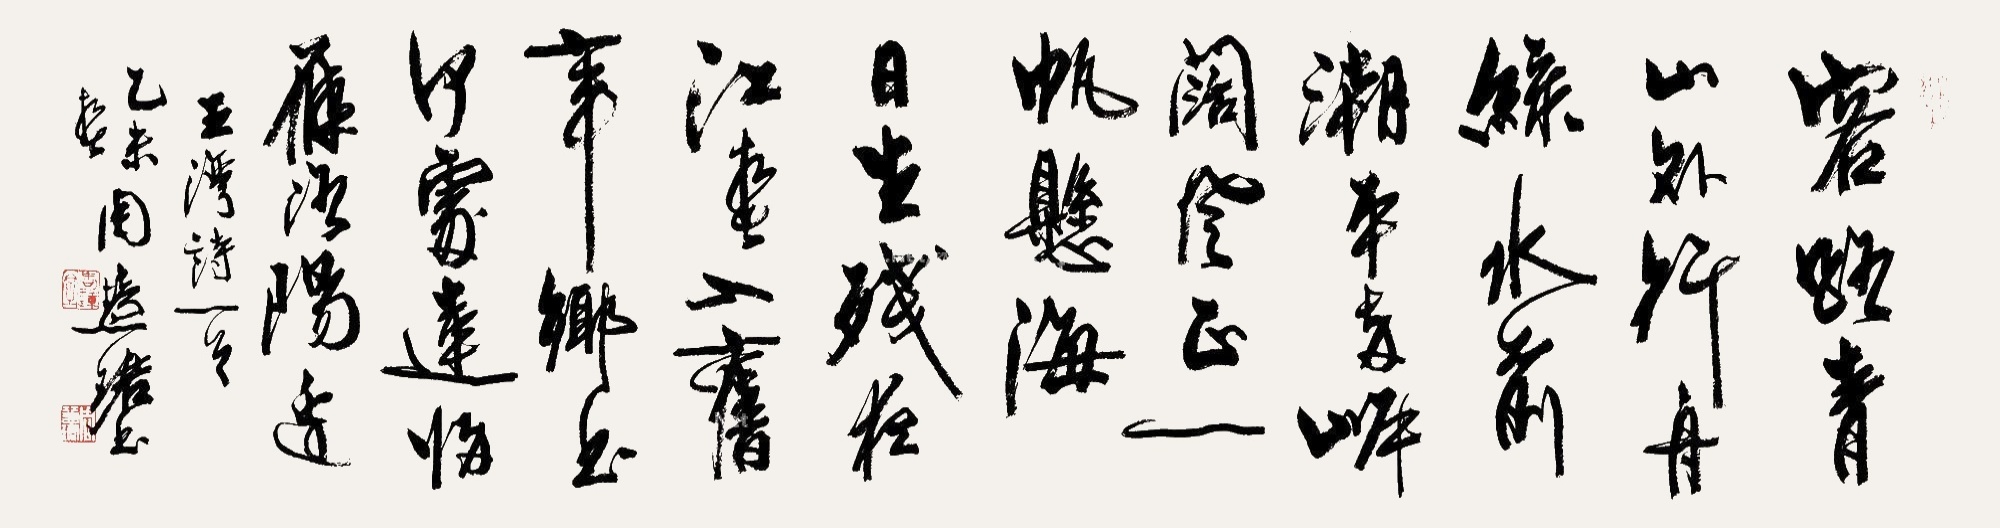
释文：客路青山外，行舟绿水前。潮平两岸阔，风正一帆悬。海日生残夜，江春入旧年。乡书何处达，归雁洛阳边。王湾诗一首，乙未春，周慧珺书。